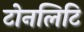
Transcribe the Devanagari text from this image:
टोनलिटि